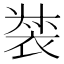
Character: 𧚛